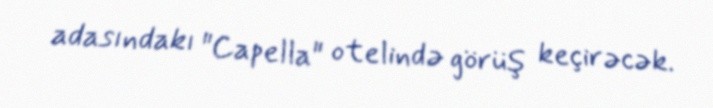
adasındakı "Capella" otelində görüş keçirəcək.